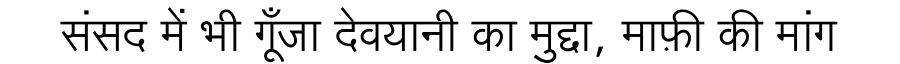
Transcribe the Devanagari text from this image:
संसद में भी गूँजा देवयानी का मुद्दा, माफ़ी की मांग